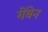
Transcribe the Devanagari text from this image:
मेंबेन